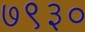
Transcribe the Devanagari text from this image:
७९३०